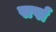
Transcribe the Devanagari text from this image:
सर्पा